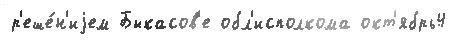
р'еше́н'иjем Быкасов'е обл'исполкома окт'ябрь4